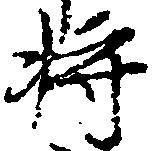
将